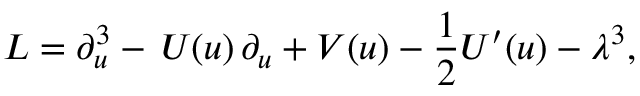
L = \partial _ { u } ^ { 3 } - \, U ( u ) \, \partial _ { u } + V ( u ) - \frac { 1 } { 2 } U ^ { \prime } ( u ) - \lambda ^ { 3 } ,